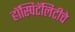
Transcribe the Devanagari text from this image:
हॉस्पिटॅलिटीचे